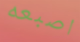
اصبعه